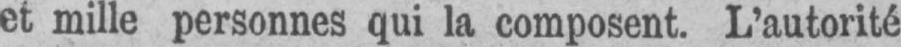
et mille personnes qui la composent. L’autorité